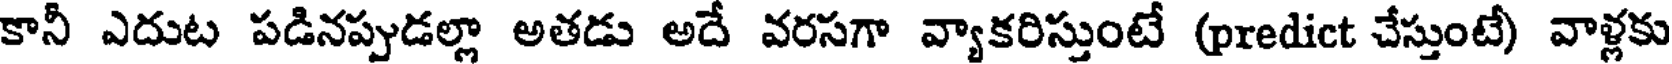
కానీ ఎదుట పడినప్పుడల్లా అతడు అదే వరసగా వ్యాకరిస్తుంటే (predict చేస్తుంటే) వాళ్లకు